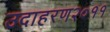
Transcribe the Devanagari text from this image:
उदाहरण२०११